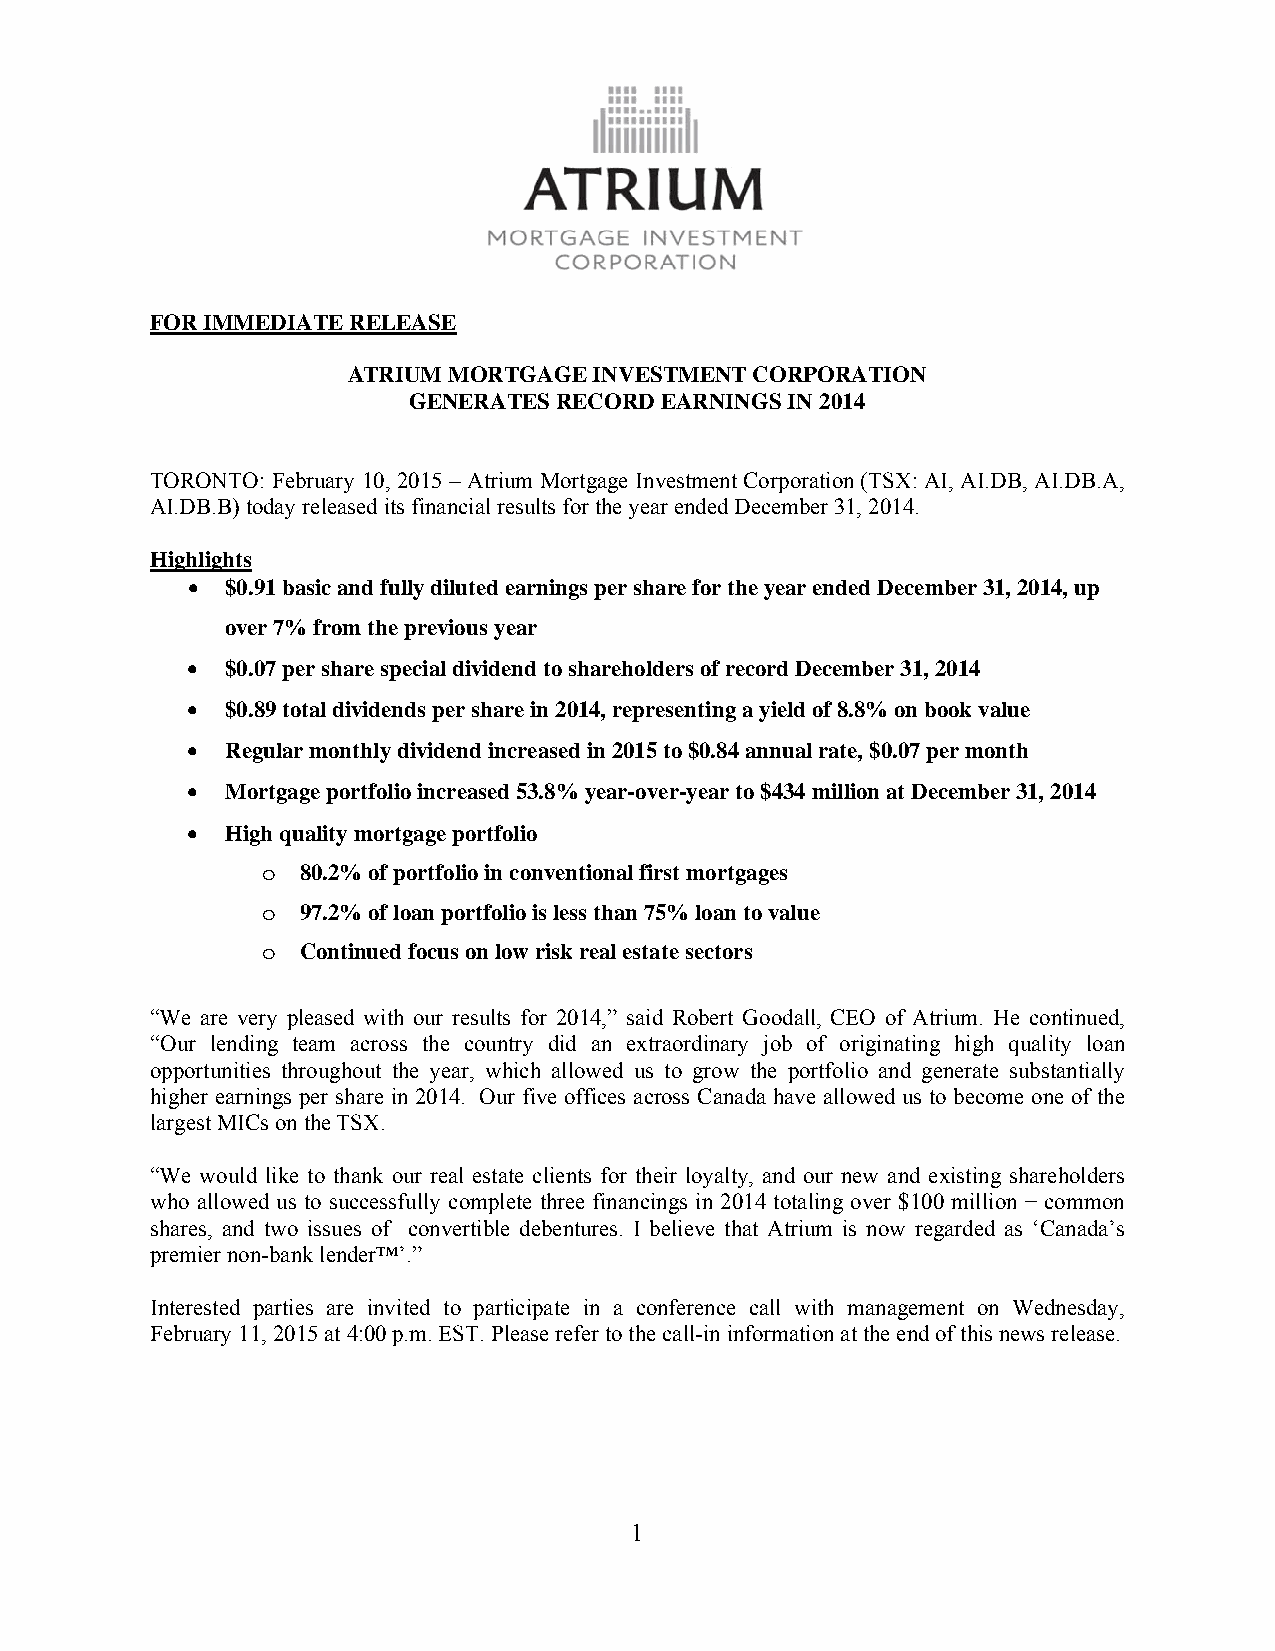
FOR IMMEDIATE RELEASE
 ATRIUM MORTGAGE INVESTMENT CORPORATION
 GENERATES RECORD EARNINGS IN 2014
 TORONTO: February 10, 2015 – Atrium Mortgage Investment Corporation (TSX: AI, AI.DB, AI.DB.A,
 AI.DB.B) today released its financial results for the year ended December 31, 2014.
 Highlights
 •  $0.91 basic and fully diluted earnings per share for the year ended December 31, 2014, up
 over 7% from the previous year
 •  $0.07 per share special dividend to shareholders of record December 31, 2014
 •  $0.89 total dividends per share in 2014, representing a yield of 8.8% on book value
 •  Regular monthly dividend increased in 2015 to $0.84 annual rate, $0.07 per month
 •  Mortgage portfolio increased 53.8% year-over-year to $434 million at December 31, 2014
 •  High quality mortgage portfolio
 o  80.2% of portfolio in conventional first mortgages
 o  97.2% of loan portfolio is less than 75% loan to value
 o  Continued focus on low risk real estate sectors
 “We are very pleased with our results for 2014,” said Robert Goodall, CEO of Atrium. He continued,
 “Our lending team across the country did an extraordinary job of originating high quality loan
 opportunities throughout the year, which allowed us to grow the portfolio and generate substantially
 higher earnings per share in 2014. Our five offices across Canada have allowed us to become one of the
 largest MICs on the TSX.
 “We would like to thank our real estate clients for their loyalty, and our new and existing shareholders
 who allowed us to successfully complete three financings in 2014 totaling over $100 million − common
 shares, and two issues of convertible debentures. I believe that Atrium is now regarded as ‘Canada’s
 premier non-bank lender™’.”
 Interested parties are invited to participate in a conference call with management on Wednesday,
 February 11, 2015 at 4:00 p.m. EST. Please refer to the call-in information at the end of this news release.
 1